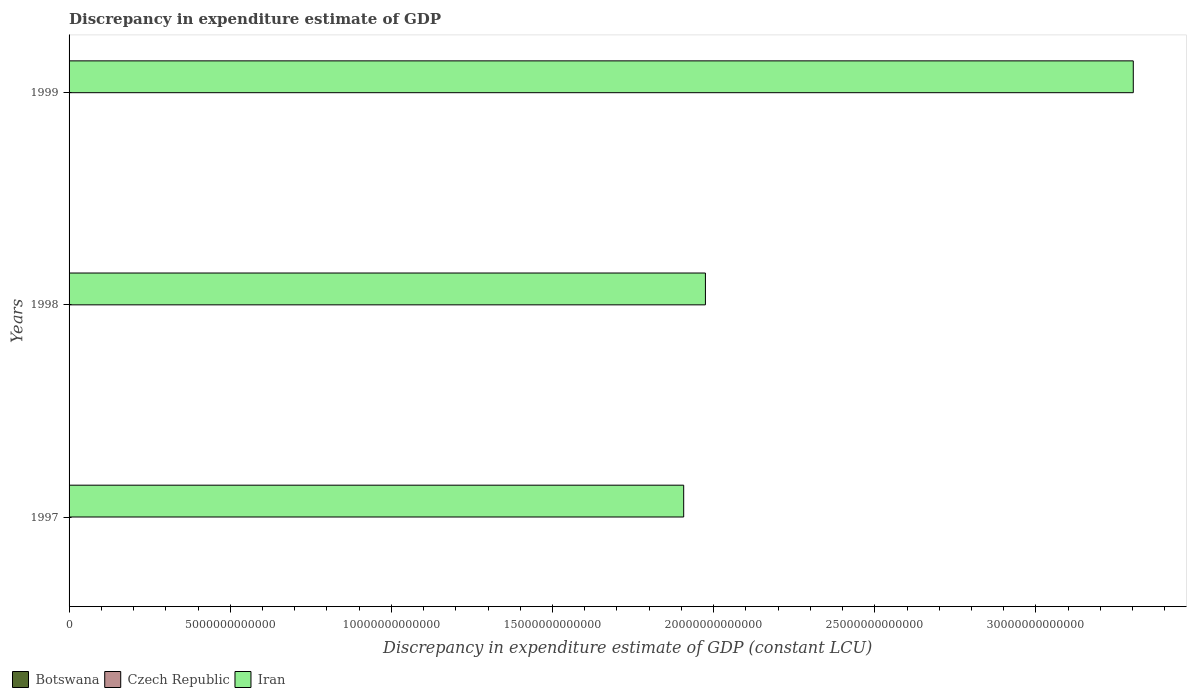
| Years | Botswana | Czech Republic | Iran |
 | --- | --- | --- | --- |
 | 1997 | 1.24e+09 | -4.94e+10 | 1.91e+13 |
 | 1998 | 1.96e+09 | -4.11e+10 | 1.97e+13 |
 | 1999 | 2.86e+09 | -4.55e+10 | 3.3e+13 |